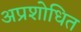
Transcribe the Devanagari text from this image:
अप्रशोधित